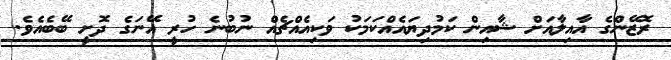
ރޮޒޭންގެ އާއިލާއަށް ޝާއިން ކަމުދިޔައެއްކަމަކު ވަކިއެއްޗެއް ނުބުނެ ހުރީ އޭނަގެ ދޮށީ ބޭބެއެވެ.